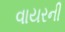
વાયરની